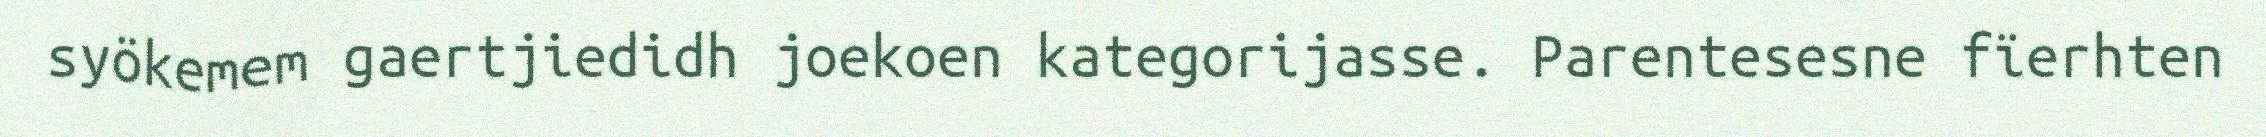
syökemem gaertjiedidh joekoen kategorijasse. Parentesesne fïerhten